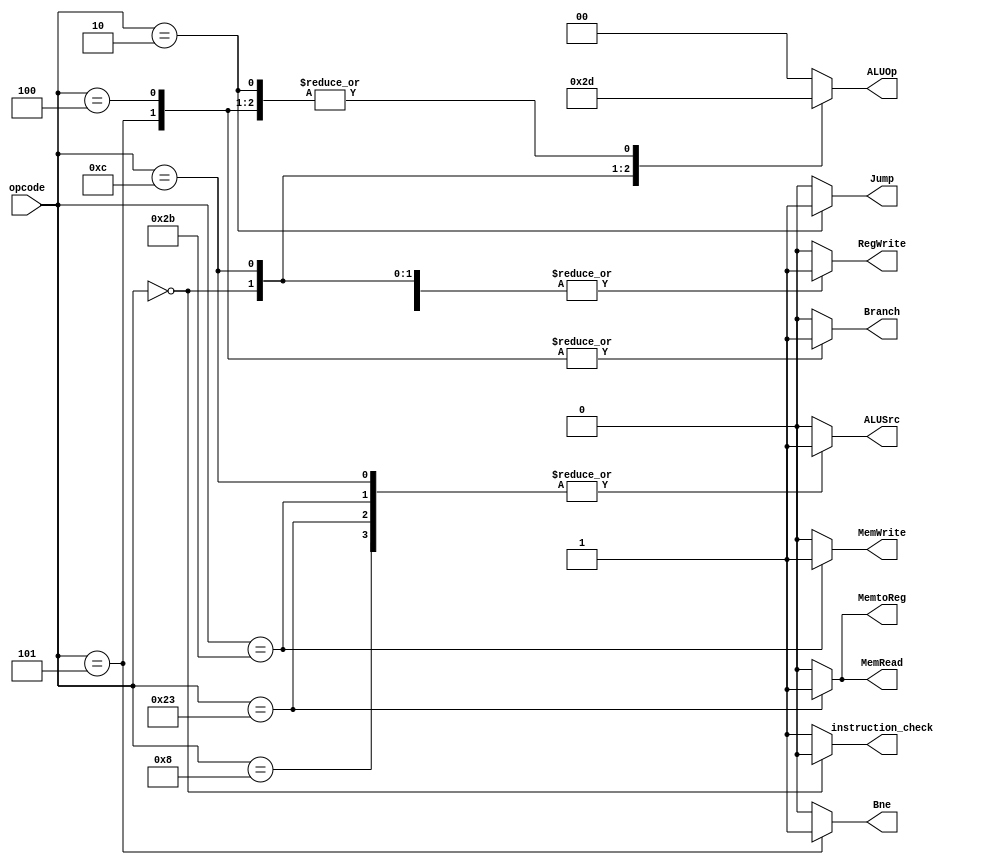
`timescale 1ns / 1ps


module Control (input [5:0] opcode, 
                output reg instruction_check, 
                output reg Jump, 
                output reg Branch, 
                output reg Bne,  
                output reg MemRead,
                output reg MemtoReg,
                output reg [1:0] ALUOp,
                output reg MemWrite,
                output reg ALUSrc,
                output reg RegWrite
);

    
  initial begin
    instruction_check = 0;
    Jump = 0;
    Branch = 0;
    MemRead = 0;
    MemtoReg = 0;
    ALUOp = 2'b00;
    MemWrite = 0;
    ALUSrc = 0;
    RegWrite = 0;
  end

  always @(opcode) begin
    case (opcode)
      6'b000000: begin  // ARITHMETIC
        instruction_check = 0;
        ALUSrc = 0;
        MemtoReg = 0;
        RegWrite = 1;
        MemRead = 0;
        MemWrite = 0;
        Branch = 0;
        Bne = 0;
        ALUOp = 2'b10;
        Jump = 0;
      end
      6'b001000: begin  // addi
        instruction_check = 1;
        ALUSrc = 1;
        MemtoReg = 0;
        RegWrite = 1;
        MemRead = 0;
        MemWrite = 0;
        Branch = 0;
        Bne = 0;
        ALUOp = 2'b00;
        Jump = 0;
      end
      6'b001100: begin  // andi
        instruction_check = 1;
        ALUSrc = 1;
        MemtoReg = 0;
        RegWrite = 1;
        MemRead = 0;
        MemWrite = 0;
        Branch = 0;
        Bne = 0;
        ALUOp = 2'b11;
        Jump = 0;
      end
      6'b100011: begin  // lw
        instruction_check = 1;
        ALUSrc = 1;
        MemtoReg = 1;
        RegWrite = 1;
        MemRead = 1;
        MemWrite = 0;
        Branch = 0;
        Bne = 0;
        ALUOp = 2'b00;
        Jump = 0;
      end
      6'b101011: begin  // sw
        instruction_check = 1;  // X
        ALUSrc = 1;
        MemtoReg = 0;  // X
        RegWrite = 0;
        MemRead = 0;
        MemWrite = 1;
        Branch = 0;
        Bne = 0;
        ALUOp = 2'b00;
        Jump = 0;
      end
      6'b000100: begin  // beq
        instruction_check = 1;  // X
        ALUSrc = 0;
        MemtoReg = 0;  // X
        RegWrite = 0;
        MemRead = 0;
        MemWrite = 0;
        Branch = 1;
        Bne = 0;
        ALUOp = 2'b01;
        Jump = 0;
      end
      6'b000101: begin  // bne
        instruction_check = 1;  // X
        ALUSrc = 0;
        MemtoReg = 0;  // X
        RegWrite = 0;
        MemRead = 0;
        MemWrite = 0;
        Branch = 1;
        Bne = 1;
        ALUOp = 2'b01;
        Jump = 0;
      end
      6'b000010: begin  // j
        instruction_check = 1;  // X
        ALUSrc = 0;
        MemtoReg = 0;  // X
        RegWrite = 0;
        MemRead = 0;
        MemWrite = 0;
        Branch = 0;
        Bne = 0;
        ALUOp = 2'b01;
        Jump = 1;
      end
      default: begin
        instruction_check = 1;  // X
        ALUSrc = 0;
        MemtoReg = 0;  // X
        RegWrite = 0;
        MemRead = 0;
        MemWrite = 0;
        Branch = 0;
        Bne = 0;
        ALUOp = 2'b00;
        Jump = 0;
      end
    endcase
  end

endmodule